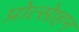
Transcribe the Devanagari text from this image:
प्रोत्साेहन